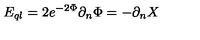
E _ { q l } = 2 e ^ { - 2 \Phi } \partial _ { n } \Phi = - \partial _ { n } X \,